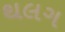
થલગ